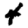
Digit: 4